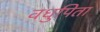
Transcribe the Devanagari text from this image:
वधुपिता